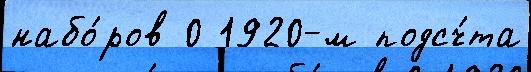
набо́ров 0 1920-м подсч́та